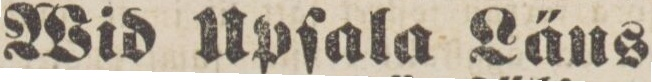
Wid Upſala Läns